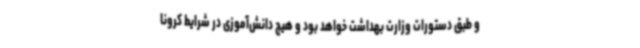
و طبق دستورات وزارت بهداشت خواهد بود و هیچ دانش‌آموزی در شرایط کرونا